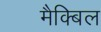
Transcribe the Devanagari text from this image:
मैक्बिल